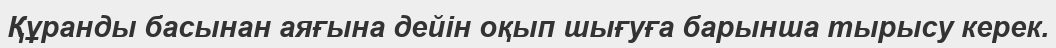
Құранды басынан аяғына дейін оқып шығуға барынша тырысу керек.